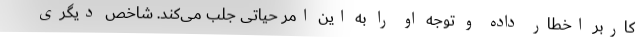
کاربر اخطار داده و توجه او را به این امر حیاتی جلب می‌کند. شاخص دیگری